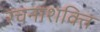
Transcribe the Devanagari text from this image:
रचनाशक्ति